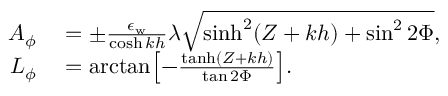
\begin{array} { r l } { A _ { \phi } } & { { } = \pm \frac { \epsilon _ { \mathrm { w } } } { \cosh k h } \lambda \sqrt { \sinh ^ { 2 } ( Z + k h ) + \sin ^ { 2 } { 2 \Phi } } , } \\ { L _ { \phi } } & { { } = \arctan \mathopen { } \mathclose \bgroup \mathopen { } \mathclose \bgroup \mathopen { } \mathclose \bgroup \mathopen { } \mathclose \bgroup \mathopen { } \mathclose \bgroup \mathopen { } \mathclose \bgroup \mathopen { } \mathclose \bgroup \mathopen { } \mathclose \bgroup \mathopen { } \mathclose \bgroup \mathopen { } \mathclose \bgroup \left[ - \frac { \operatorname { t a n h } ( Z + k h ) } { \tan { 2 \Phi } } \aftergroup \egroup \aftergroup \egroup \aftergroup \egroup \aftergroup \egroup \aftergroup \egroup \aftergroup \egroup \aftergroup \egroup \aftergroup \egroup \aftergroup \egroup \aftergroup \egroup \right] . } \end{array}